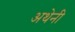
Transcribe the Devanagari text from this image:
अथेनी